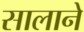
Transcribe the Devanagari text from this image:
सालाने